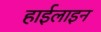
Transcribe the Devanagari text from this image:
हाईलाइन